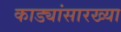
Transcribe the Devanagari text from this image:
काड्यांसारख्या